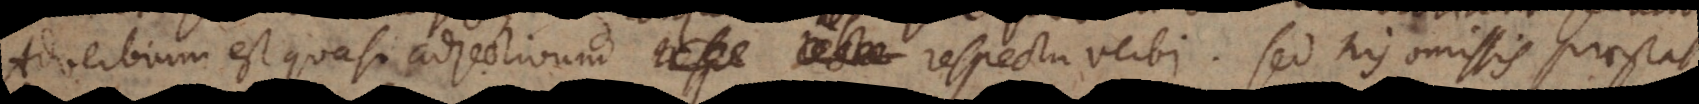
Adverbium est quasi adjectivum respectu verbi. Sed his omissis praestat